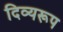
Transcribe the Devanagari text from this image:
दिव्यरूप